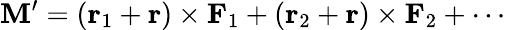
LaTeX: \mathbf{M}^{\prime}=(\mathbf{{r}}_{1}+\mathbf{{r}})\times\mathbf{{F}}_{1}+(\mathbf{{r}}_{2}+\mathbf{{r}})\times\mathbf{{F}}_{2}+\cdots